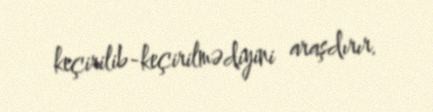
keçirilib-keçirilmədiyini araşdırır.